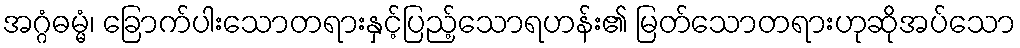
အဂ္ဂံဓမ္မံ၊ ခြောက်ပါးသောတရားနှင့်ပြည့်သောရဟန်း၏ မြတ်သောတရားဟုဆိုအပ်သော